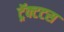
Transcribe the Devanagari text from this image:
ट्रॅक्टटस